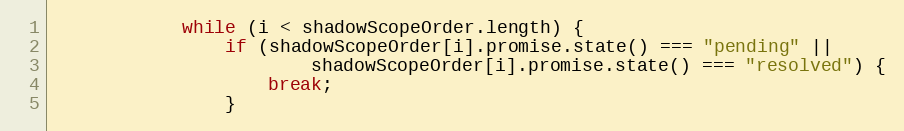
Language: JavaScript
            while (i < shadowScopeOrder.length) {
                if (shadowScopeOrder[i].promise.state() === "pending" ||
                        shadowScopeOrder[i].promise.state() === "resolved") {
                    break;
                }